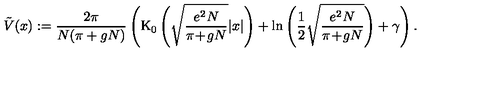
\tilde { V } ( x ) : = \frac { 2 \pi } { N ( \pi + g N ) } \left( \mathrm { K } _ { 0 } \left( \sqrt { \frac { e ^ { 2 } N } { \pi \! + \! g N } } | x | \right) + \ln \left( \frac { 1 } { 2 } \sqrt { \frac { e ^ { 2 } N } { \pi \! + \! g N } } \right) + \gamma \right) .